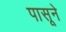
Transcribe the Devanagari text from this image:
पासूने